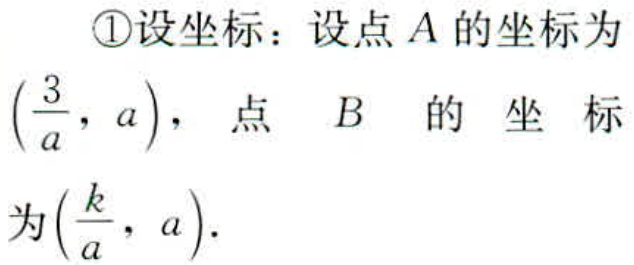
\textcircled{1}设坐标：设点\(A\)的坐标为\((\frac{3}{a},a)\)，点\(B\)的坐标为\((\frac{k}{a},a)\).